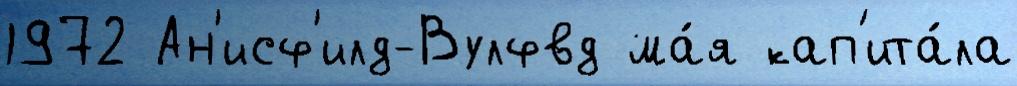
1972 Ан'исф'илд-Вулфвд ма́я кап'ита́ла